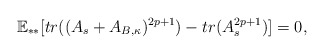
\begin{align*} \mathbb{E}_{**}[tr((A_s+A_{B,\kappa})^{2p+1})-tr(A_s^{2p+1})]=0,\end{align*}